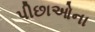
પીછાઓના